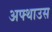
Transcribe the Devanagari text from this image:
अफ्थाउस